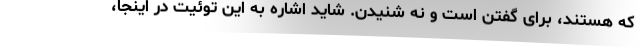
که هستند، برای گفتن است و نه شنیدن. شاید اشاره به این توئیت در اینجا،